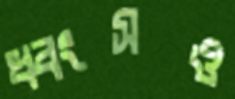
ধ্বংসও